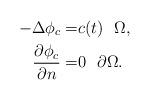
LaTeX: \begin{align*} -\Delta\phi_c=&c(t)\ \ \Omega,\\ \frac{\partial\phi_c}{\partial n}=&0 \ \ \partial \Omega. \end{align*}